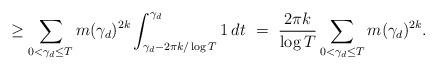
LaTeX: \begin{align*}\ge \sum_{ 0<\gamma_d \le T } m(\gamma_d)^{2k}\int_{\gamma_d-2\pi k/\log T}^{\gamma_d} 1\,dt\ = \ \frac{2\pi k}{\log T} \sum_{ 0<\gamma_d \le T} m(\gamma_d)^{2k}.\end{align*}